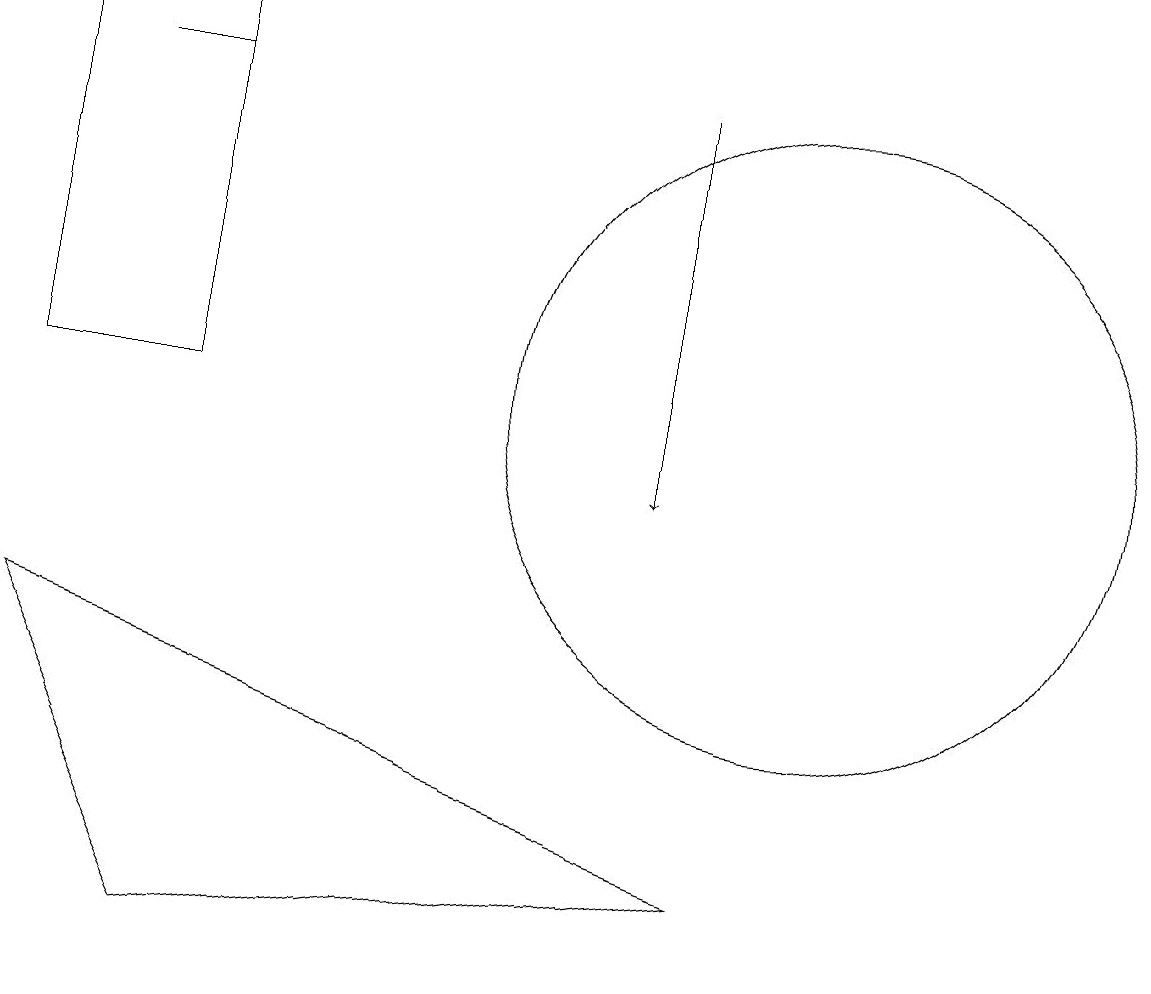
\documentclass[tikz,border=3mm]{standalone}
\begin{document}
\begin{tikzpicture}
\draw (10,11) circle (4);
\draw (2,16) rectangle (0,11);
\draw (1,15) rectangle (2,15);
\draw[->] (8,15) -- (8,10);
\draw (0,8) -- (2,4) -- (9,5) -- cycle;
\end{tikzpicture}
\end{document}